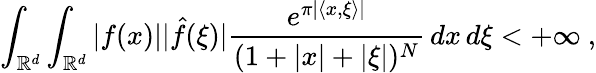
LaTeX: \int_{\mathbb{R}^{d}}\int_{\mathbb{R}^{d}}|f(x)||{\hat{f}}(\xi)|{\frac{e^{\pi|\langle x,\xi\rangle|}}{(1+|x|+|\xi|)^{N}}}\, dx\, d\xi<+\infty~,